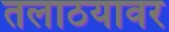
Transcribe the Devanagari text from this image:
तलाठयावर